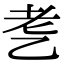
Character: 㐗